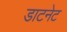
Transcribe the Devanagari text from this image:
डाटनेट